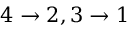
4 \to 2 , 3 \to 1